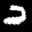
Label: 2